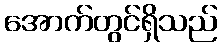
အောက်တွင်ရှိသည်